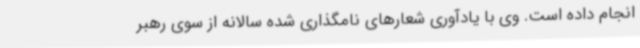
انجام داده است. وی با یادآوری شعارهای نامگذاری شده سالانه از سوی رهبر